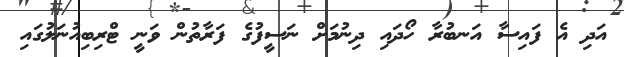
އަދި އެ ފައިސާ އަނބުރާ ހޯދައި ދިނުމަށް ނަސީފުގެ ފަރާތުން ވަނީ ޓްރިބިއުނަލުގައި